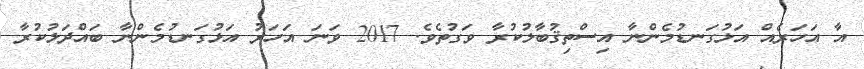
އާ އަހަރެއް އަޅުގަނޑުމެންނާ އިސްތިޤުބާލުކުރާ ވަގުތެވެ. 2017 ވަނަ އަހަރު އަޅުގަނޑުމެންނާ ބައްދަލުކުރާ